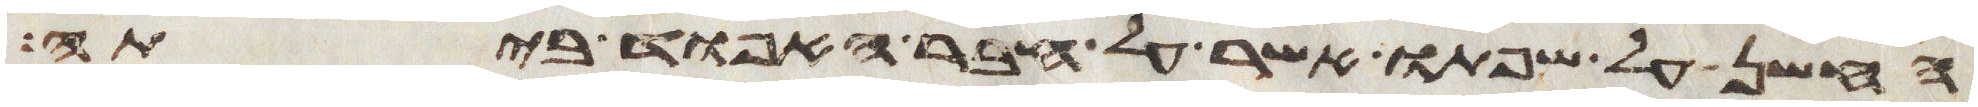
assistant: החשן על שפתו אשר על חבר האפוד ביתה